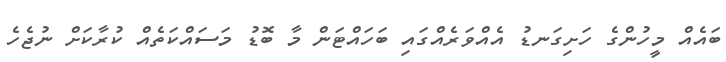
ބައެއް މީހުންގެ ހަށިގަނޑު އެއްވަރެއްގައި ބަހައްޓަން މާ ބޮޑު މަސައްކަތެއް ކުރާކަށް ނުޖެހެ